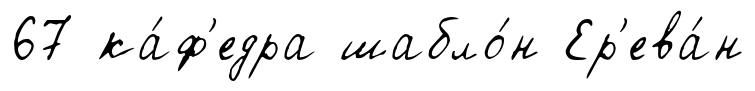
67 ка́ф'едра шабло́н Ер'ева́н